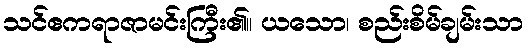
သင်ဧကရာဇာမင်းကြီး၏။ ယသော၊ စည်းစိမ်ချမ်းသာ